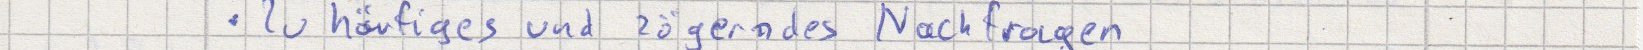
Zu häufiges und zögerndes Nachfragen